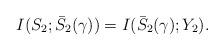
LaTeX: \begin{align*}I(S_2;\bar{S}_2(\gamma))=I(\bar{S}_2(\gamma);Y_2).\end{align*}